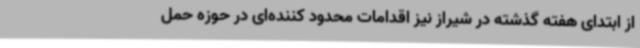
از ابتدای هفته گذشته در شیراز نیز اقدامات محدود کننده‌ای در حوزه حمل